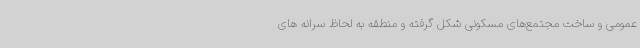
عمومی و ساخت مجتمع‌های مسکونی شکل گرفته و منطقه به لحاظ سرانه های